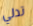
تدلي